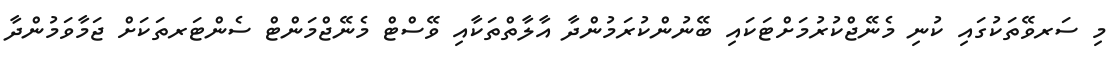
މި ސަރވޭތަކުގައި ކުނި މެނޭޖްކުރުމަށްޓަކައި ބޭނުންކުރަމުންދާ އާލާތްތަކާއި ވޭސްޓް މެނޭޖްމަންޓް ސެންޓަރތަކަށް ޖަމާވަމުންދާ